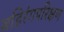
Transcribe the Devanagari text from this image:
बहिरंगपरिक्षण